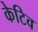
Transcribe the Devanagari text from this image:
केटिव